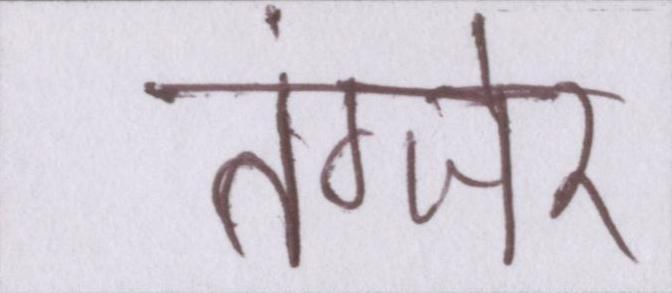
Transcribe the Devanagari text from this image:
तंग्जेर